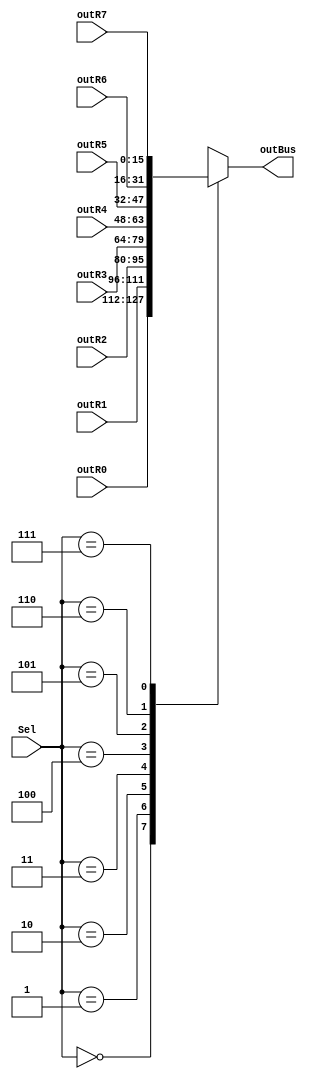
module mux8to1(input [15:0] outR0, input [15:0] outR1, input [15:0] outR2, input [15:0] outR3, input [15:0] outR4, input [15:0] outR5, input [15:0] outR6, input [15:0] outR7, input [2:0] Sel, output reg [15:0] outBus);
	always @ (outR0 or outR1 or outR2 or outR3 or outR4 or outR5 or outR6 or outR7 or Sel)
	begin
		case (Sel)
			3'b000:
			begin
				outBus=outR0;
			end
			3'b001:
			begin
				outBus=outR1;
			end
			3'b010:
			begin
				outBus=outR2;
			end
			3'b011:
			begin
				outBus=outR3;
			end
			3'b100:
			begin
				outBus=outR4;
			end
			3'b101:
			begin
				outBus=outR5;
			end
			3'b110:
			begin
				outBus=outR6;
			end
			3'b111:
			begin
				outBus=outR7;
			end
		endcase
	end
endmodule